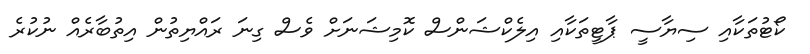
ކޯޓުތަކާއި ސިޔާސީ ޕާޓީތަކާއި އިލެކްޝަންސް ކޮމިޝަނަށް ވެސް ގިނަ ރައްޔިތުން އިތުބާރެއް ނުކުރެ